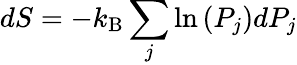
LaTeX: dS=-k_{\mathrm{B}}\sum_{j}\ln\left(P_{j}\right)dP_{j}